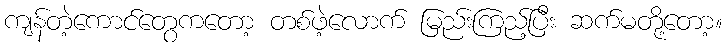
ကျန်တဲ့ကောင်တွေကတော့ တစ်ဖဲ့လောက် မြည်းကြည့်ပြီး ဆက်မတို့တော့။